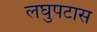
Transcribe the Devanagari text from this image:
लघुपटास